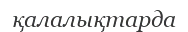
қалалықтарда